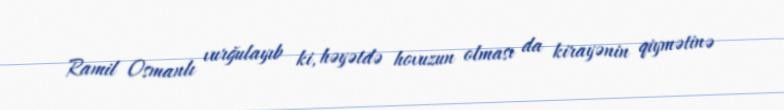
Ramil Osmanlı vurğulayıb ki, həyətdə hovuzun olması da kirayənin qiymətinə